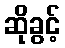
ဆိုခွင့်